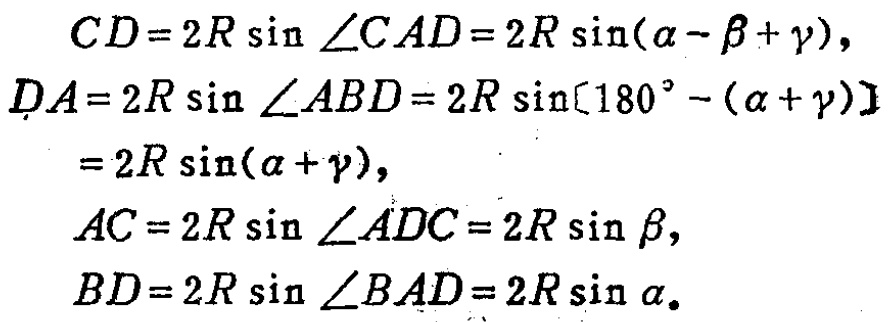
\[
\begin{align*}
CD&=2R\sin\angle CAD = 2R\sin(\alpha - \beta+\gamma),\\
DA&=2R\sin\angle ABD=2R\sin[180^{\circ}-(\alpha + \gamma)]\\
&=2R\sin(\alpha + \gamma),\\
AC&=2R\sin\angle ADC = 2R\sin\beta,\\
BD&=2R\sin\angle BAD=2R\sin\alpha.
\end{align*}
\]